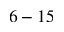
6 - 1 5